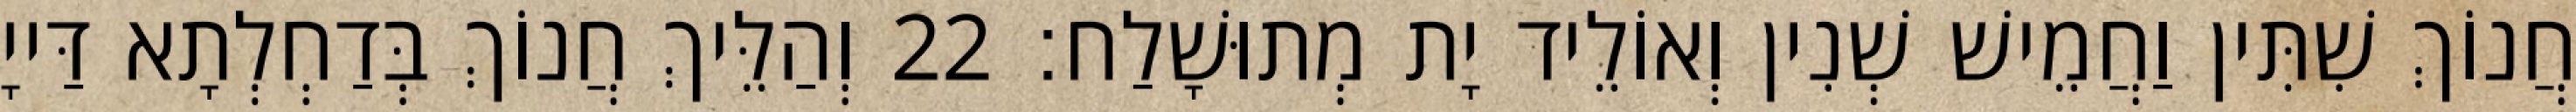
חֲנוֹךְ שִׁתִּין וַחֲמֵישׁ שְׁנִין וְאוֹלֵיד יָת מְתוּשָׁלַח׃ 22 וְהַלֵּיךְ חֲנוֹךְ בְּדַחְלְתָא דַּייָ